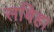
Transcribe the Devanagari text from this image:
सबिहा